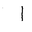
Letter: _alif